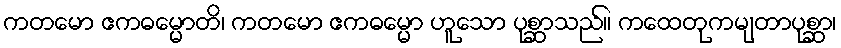
ကတမော ဧကဓမ္မောတိ၊ ကတမော ဧကဓမ္မော ဟူသော ပုစ္ဆာသည်။ ကထေတုကမျတာပုစ္ဆာ၊